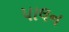
પાલન